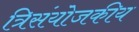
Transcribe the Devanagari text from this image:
त्रिसंयोजकीय